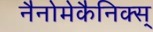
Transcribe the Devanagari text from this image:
नैनोमेकैनिक्स्